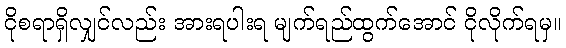
ငိုစရာရှိလျှင်လည်း အားရပါးရ မျက်ရည်ထွက်အောင် ငိုလိုက်ရမှ။